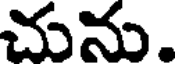
చును.